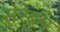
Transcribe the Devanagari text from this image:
सेरेब्रम